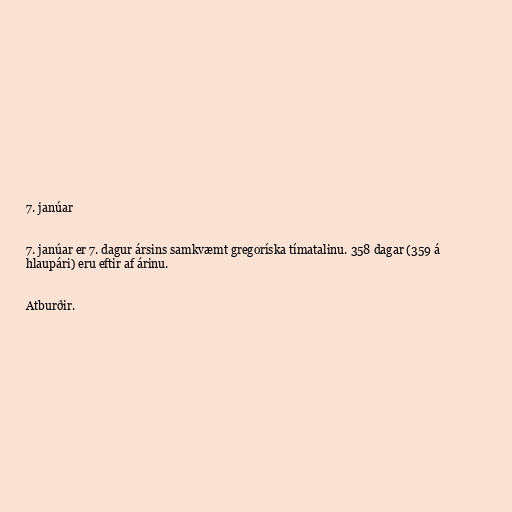
7. janúar

7. janúar er 7. dagur ársins samkvæmt gregoríska tímatalinu. 358 dagar (359 á
hlaupári) eru eftir af árinu.

Atburðir.